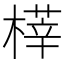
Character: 𣘘